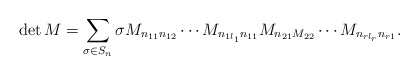
\begin{align*}\begin{aligned}\det M=\sum\limits_{\sigma\in S_n} \sigma {M}_{n_{11}n_{12}}\cdots {M}_{n_{1l_1}n_{11}}M_{n_{21}M_{22}}\cdots {M}_{n_{rl_r}n_{r1}}.\end{aligned}\end{align*}